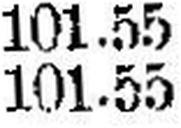
101.55